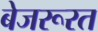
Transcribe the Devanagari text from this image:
बेजरूरत